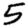
Digit: 5